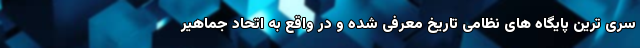
سری ترین پایگاه های نظامی تاریخ معرفی شده و در واقع به اتحاد جماهیر